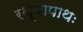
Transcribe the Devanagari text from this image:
रथ्यापाथः